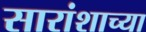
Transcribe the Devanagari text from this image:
सारांशाच्या